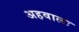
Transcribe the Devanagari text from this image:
अहवालः